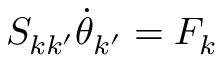
S _ { k k ^ { \prime } } \dot { \theta } _ { k ^ { \prime } } = F _ { k }